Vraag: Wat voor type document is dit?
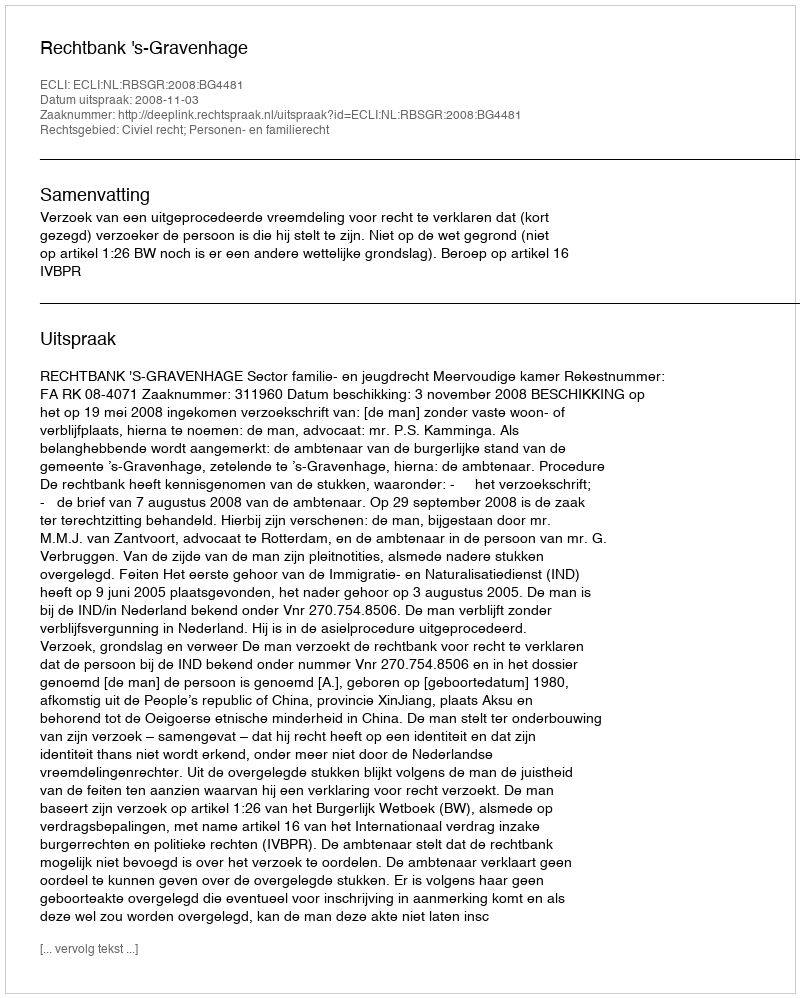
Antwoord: Uitspraak